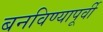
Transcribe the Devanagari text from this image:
बनविण्यापूर्वी